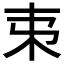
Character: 𣎺